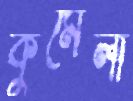
কুমেলা